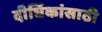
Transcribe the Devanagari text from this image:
दीर्घिकांसाठी